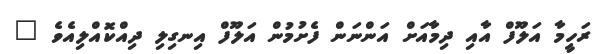
ރަހީމާ އަލޫފް އާއި ދިމާއަށް އަންނަން ފެށުމުން އަލޫފް އިނގިލި ދިއްކޮއްލިއެވެ "